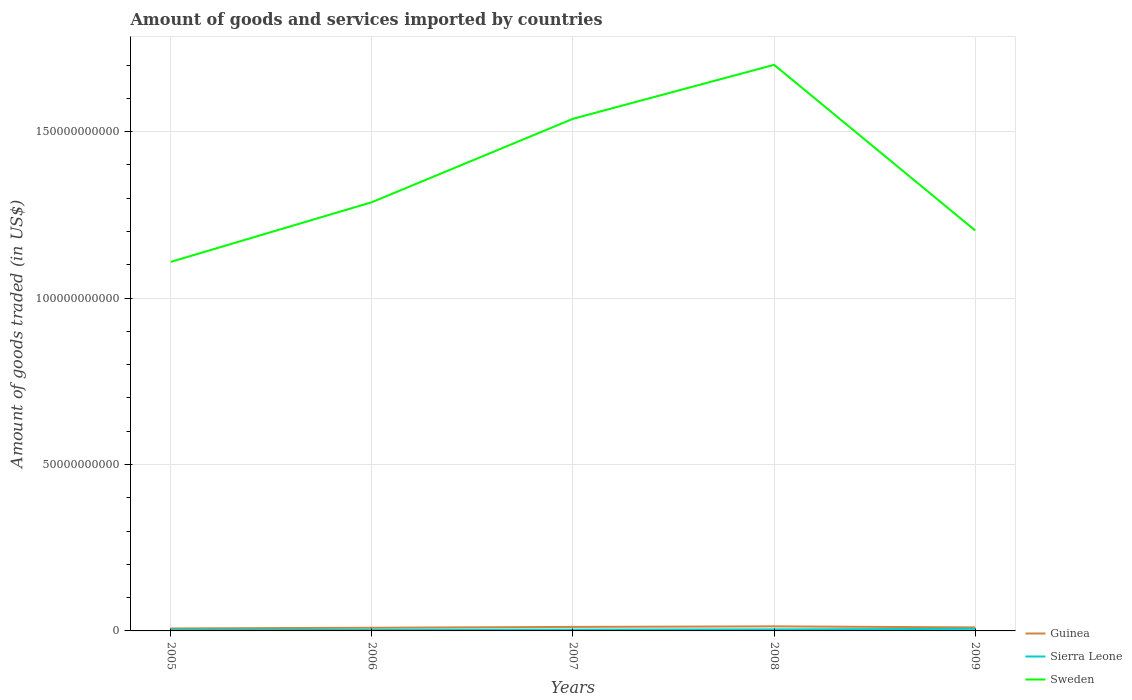
| Years | Guinea | Sierra Leone | Sweden |
 | --- | --- | --- | --- |
 | 2005 | 7.4e+08 | 3.62e+08 | 1.11e+11 |
 | 2006 | 9.51e+08 | 3.51e+08 | 1.29e+11 |
 | 2007 | 1.21e+09 | 3.95e+08 | 1.54e+11 |
 | 2008 | 1.36e+09 | 4.71e+08 | 1.7e+11 |
 | 2009 | 1.05e+09 | 6.18e+08 | 1.2e+11 |